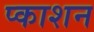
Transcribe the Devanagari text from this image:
प्काशन